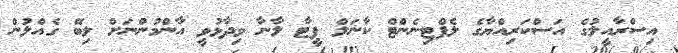
އިސްރާއީލުގެ އަސްކަރިއްޔާގެ ލެފްޓިނެންޓް ކާނަލް ޕީޓާ ލާނާ ވިދާޅުވީ އާންމުންނަށް ލިބޭ ގެއްލުން